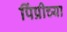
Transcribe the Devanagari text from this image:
पिंप्रीच्या